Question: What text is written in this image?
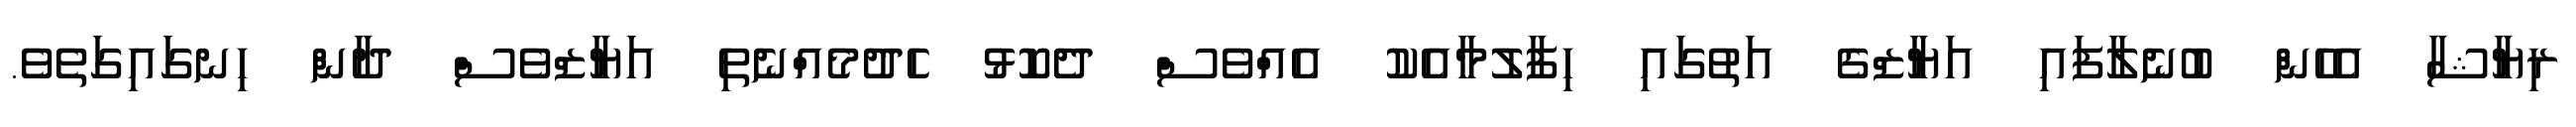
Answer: ރިޔާޝާ އެހެން ބުނެލާފައި އަޔާޒްގެ އަތުގައި ހިފާލުމާއެކު އެއްވެސް ދެކޮޅު ހެދުމެއްނެތި އަޔާޒްވެސް ދާން ހިނގައިގަތެވެ.